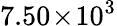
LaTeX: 7.50\! \times\! 10^{3}